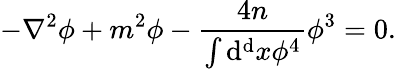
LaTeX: -\nabla^{2}\phi+m^{2}\phi-{\frac{4n}{\int\mathrm{d^{d}}x\phi^{4}}}\phi^{3}=0.